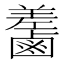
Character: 𪉵